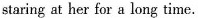
staring at her for a long time.